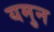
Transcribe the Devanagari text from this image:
यमुन